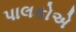
પાલકોએ